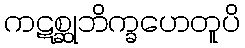
ကဋစ္ဆုဘိက္ခဟေတူပိ